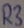
Text: R3